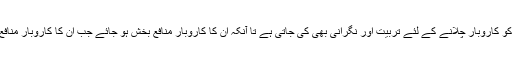
جن لوگوں کو یکمشت سات لاکھ روپے ادائیگی کی جاتی ہے ان کو کاروبار چلانے کے لئے تربیت اور نگرانی بھی کی جاتی ہے تا آنکہ ان کا کاروبار منافع بخش ہو جائے جب ان کا کاروبار منافع بخش ہو جائے تو انہیں امداد کی فراہمی روک دی جاتی ہے ہیں۔